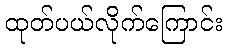
ထုတ်ပယ်လိုက်ကြောင်း